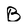
Character: B